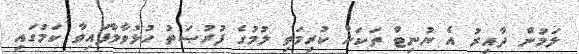
ލަމުން ދާއިރު އެ ޔުނިޓް ތަކަށް ކުރިމަތި ލުމުގެ ފުރުޞަތު ހުޅުވާލާފައިވާ ކަމުގައި